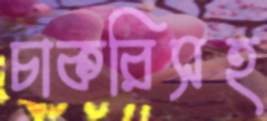
চাকরিসহ